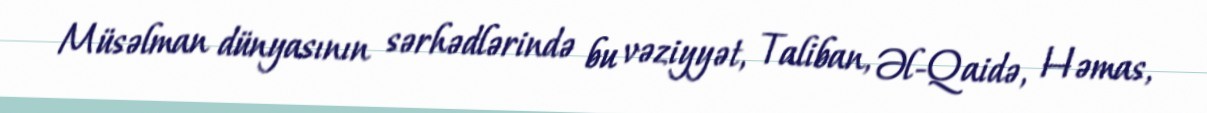
Müsəlman dünyasının sərhədlərində bu vəziyyət, Taliban, Əl-Qaidə, Həmas,